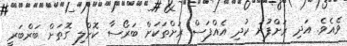
ވެއެވެ. އަދި ރަށްފުށު ކުދި އެއްފަސް ރަށްތަކަށް ބަރޯސާ ކޮށްލި ގޮތަށް ބަރްބަރީ